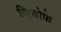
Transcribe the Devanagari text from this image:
जियोफ्रे